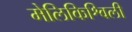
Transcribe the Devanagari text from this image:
मेलिकिश्विली